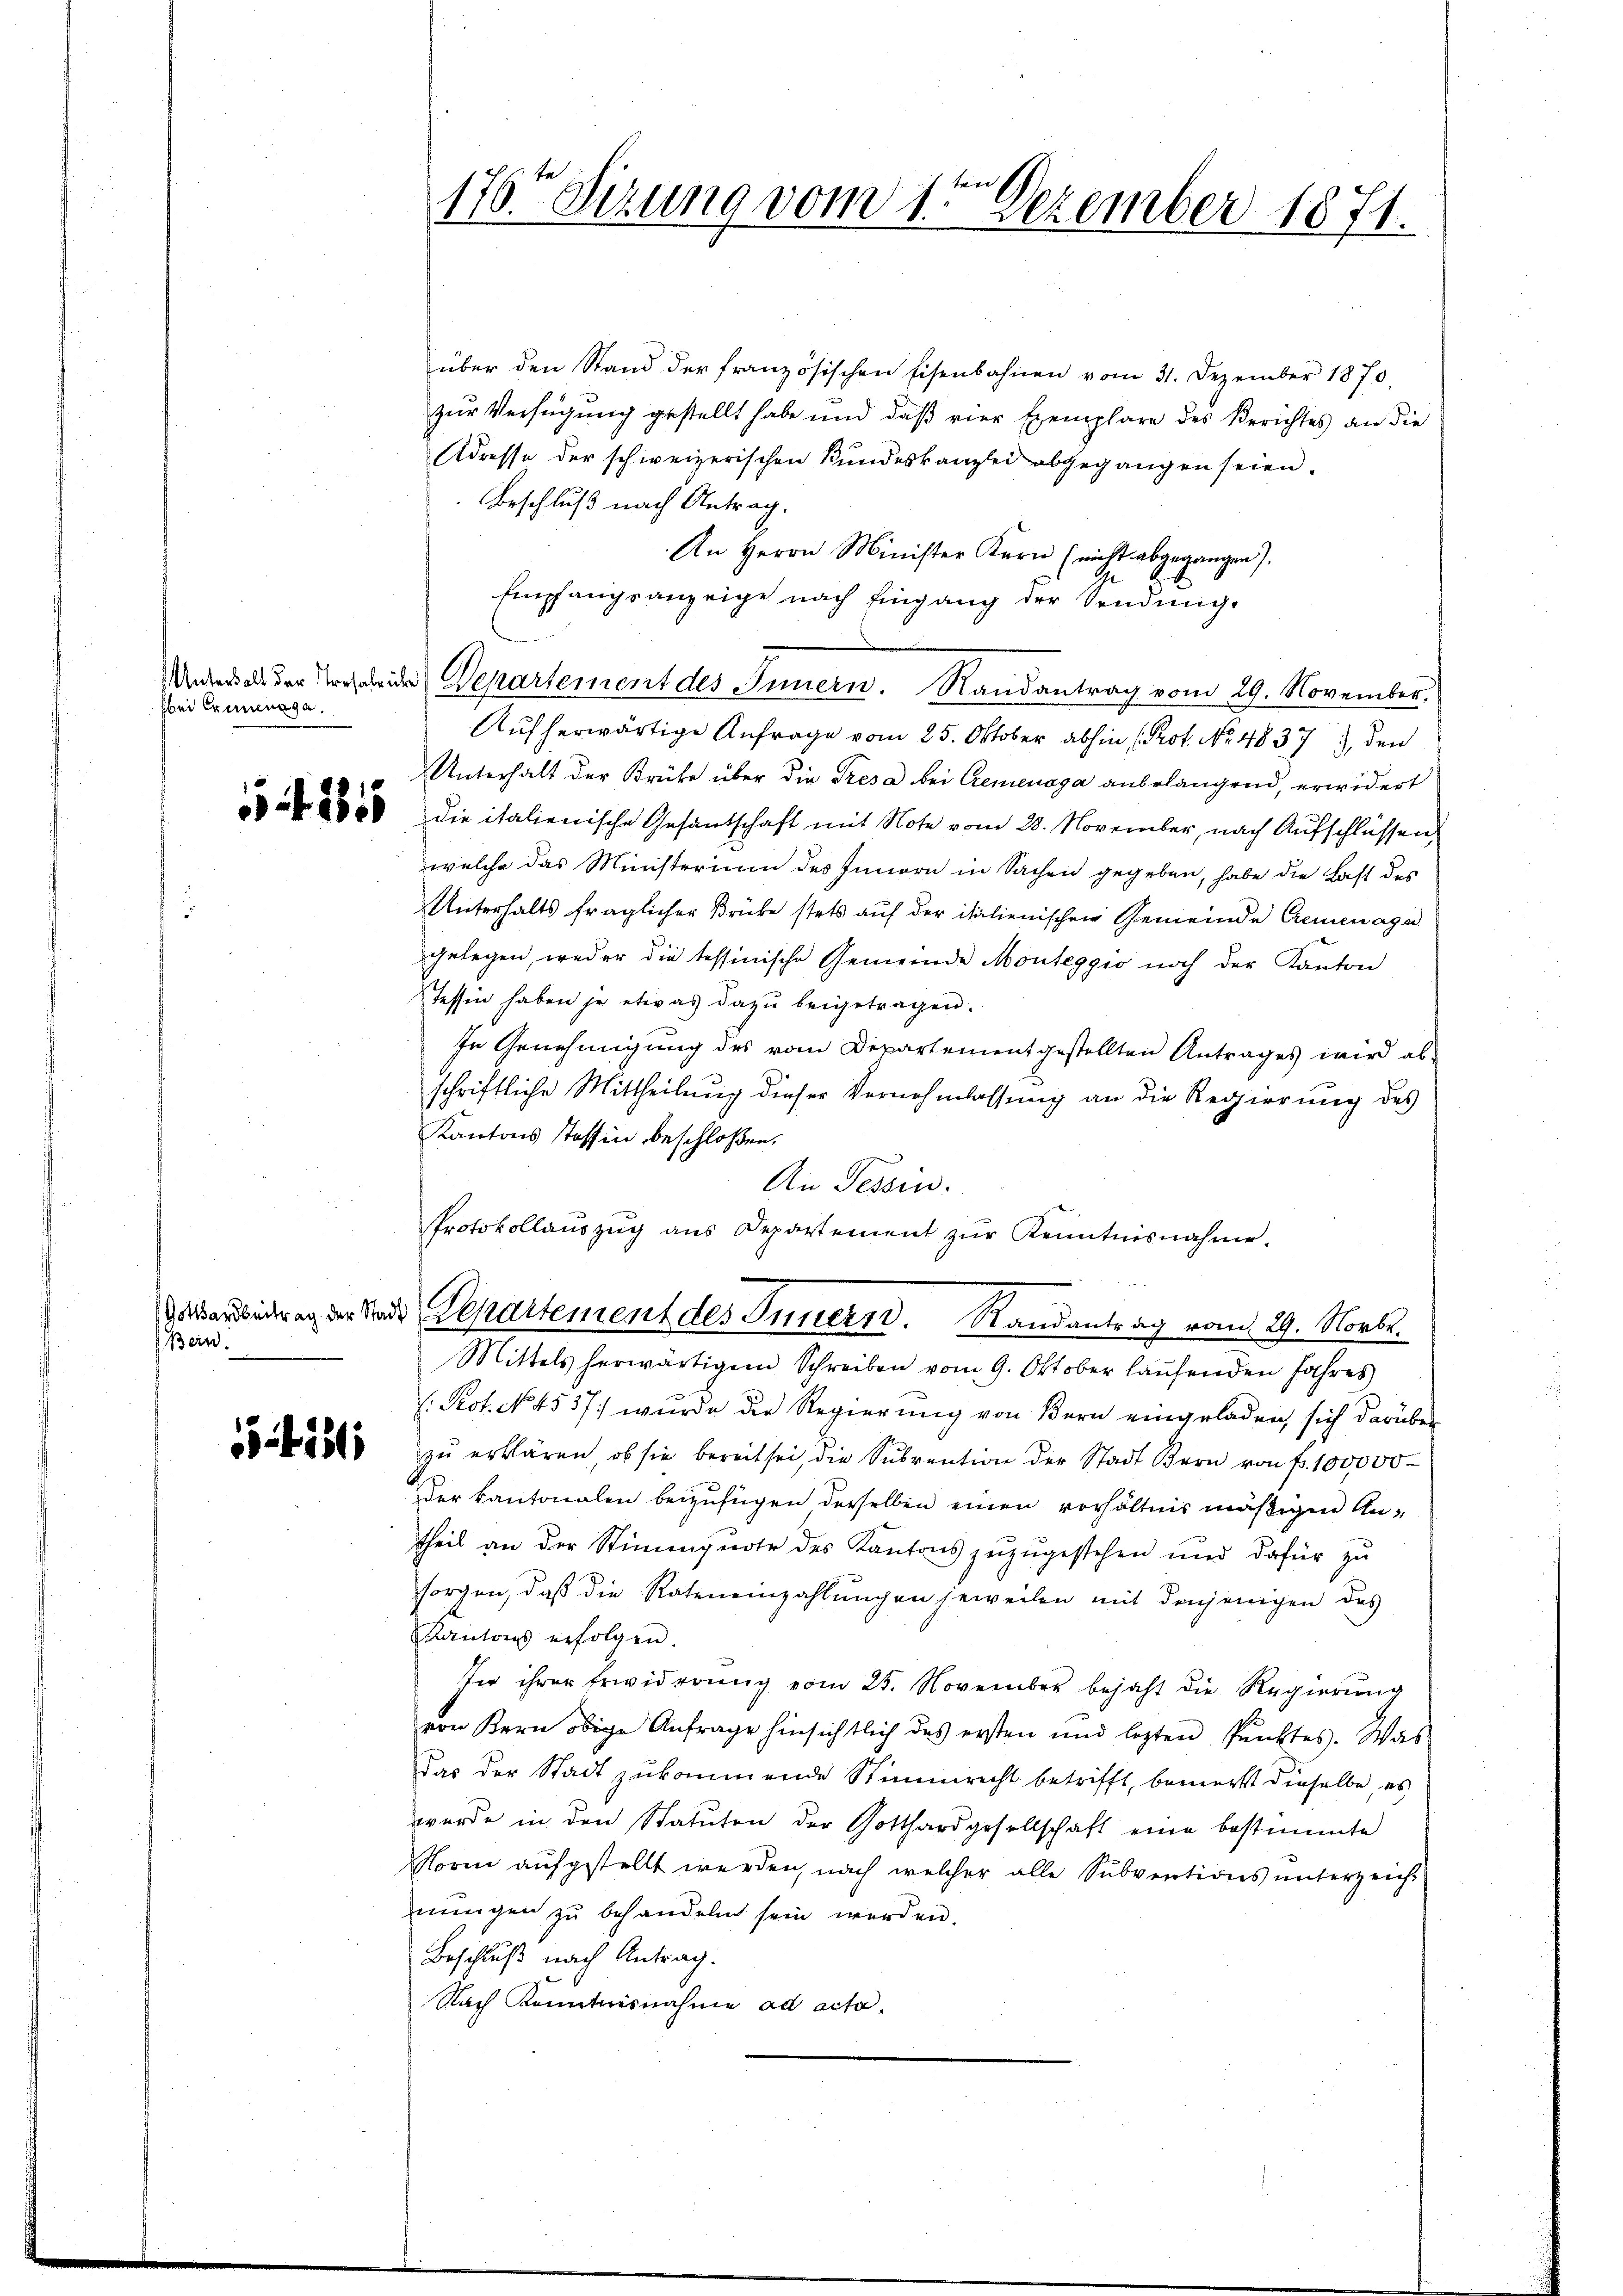
bei Exeenaga.

Gottharbeitrag der Stadt
Bein.

541311

über den Stand der französischen Eisenbahnen vom 31. Dezember 1870,
zur Verfügung gestellt habe und daß vier Exemplare des Berichtes an die
Adresse der schweizerischen Kundeskanzlei abgegangen seien.
Beschluß nach Antrag.
An Herrn Minister Kern (nicht abgegangen).
Empfangsanzeige nach Eingang der Sendung.
Unters als der Vorscheide Departement des Innern. Randantrag vom 29. November.
Aufherwärtige Anfrage vom 25. Oktober abhin (Prot. No. 4837), den
Unterhalt der Brüke über die Tresa bei Cemenaga anbelangend, erwidert
5 die italienische Gesandschaft mit Note vom 28. November, nach Aufschlüssen,
welche das Ministerium des Innern in Sachen gegeben, habe die Last des
Unterhalts fraglicher Brücke stets auf der italienischen Gemeinde Cremenage
gelegen, weder die tessinische Gemeinde Monteggio noch der Kanton
Tessin haben je etwas dazu beigetragen.
In Genehmigung des vom Departement gestellten Antrages wird abschriftliche Mittheilung dieser Vernehmlassung an die Regierung des
Kantons Stoffen beschloßen,
An Tessin.
Protokollauszug aus Departement zŭr Kenntnisnahme.
Departement des Innern. Randantrag vom 29. Novbr.
Mittels herwärtigem Schreiben vom 9. Oktober laŭfenden Jahres
Peot. No. 4537 wurde die Regierung von Bern eingeladen, sich darüber
zŭ erklären, ob sie bereit sei, die Subvention der Stadt Bern von Fr. 100000
Der Kantonalen beizufügen derselben einen verhältnis mäßigen Antheil an der Stimmente des Kantons zŭzŭgestehen und dafür zu
sorgen, daß die Raten einzahlungen jeweilen mit denjenigen des
Kantons erfolgen.
In ihrer Erwiderung vom 25. November bejaht die Regierŭng
von Kern obige Anfrage hinsichtlich das ersten und lezten Pŭnktes. Was
Das der Stadt zukommende Stimmrecht betrifft, bemerkt dieselbe, es
wurde in den Statuten der Gotthardgesellschaft eine bestimmte
Norm aufgestellt werden, nach welcher alle Subventions unterzeichnŭngen zu behandeln sein werden.
Beschluß nach Antrag.
Nach Kenntnisnahme ad acta.

176. Sizung vom 1te͇n Dezember 1871.